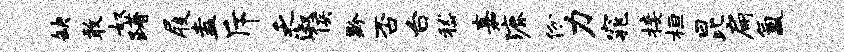
缺敢奴躇屐盍斥乏淑侯黔否台嵇嘉漉份力窕接桓昆扁氲